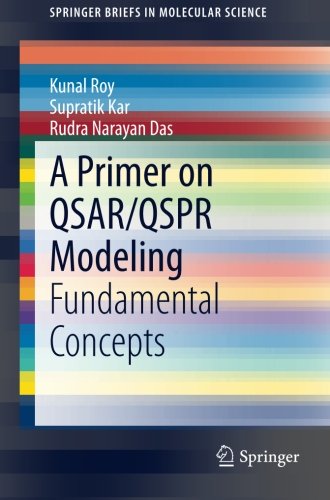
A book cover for A Primer on QSAR/QSPR Modeling: Fundamental Concepts (SpringerBriefs in Molecular Science); Kunal Roy; Science & Math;